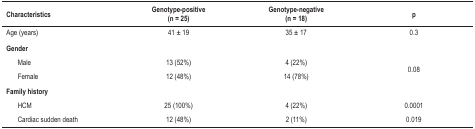
<table><thead><tr><td><b>Characteristics</b></td><td><b>Genotype-positive (n = 25)</b></td><td><b>Genotype-negative (n = 18)</b></td><td><b>p</b></td></tr></thead><tbody><tr><td>Age (years)</td><td>41 ± 19</td><td>35 ± 17</td><td>0.3</td></tr><tr><td colspan="4"><b>Gender</b></td></tr><tr><td>Male</td><td>13 (52%)</td><td>4 (22%)</td><td rowspan="2">0.08</td></tr><tr><td>Female</td><td>12 (48%)</td><td>14 (78%)</td></tr><tr><td colspan="4"><b>Family history</b></td></tr><tr><td>HCM</td><td>25 (100%)</td><td>4 (22%)</td><td>0.0001</td></tr><tr><td>Cardiac sudden death</td><td>12 (48%)</td><td>2 (11%)</td><td>0.019</td></tr></tbody></table>